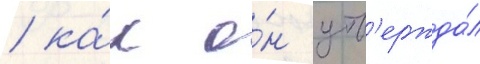
/ ка́к о́н утв'ержда́л